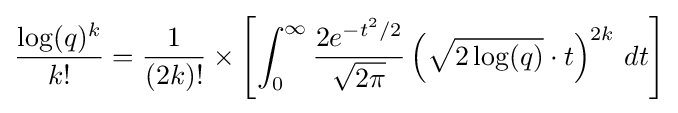
{\frac {\log(q)^{k}}{k!}}={\frac {1}{(2k)!}}\times \left[\int _{0}^{\infty }{\frac {2e^{-t^{2}/2}}{\sqrt {2\pi }}}\left({\sqrt {2\log(q)}}\cdot t\right)^{2k}\,dt\right]